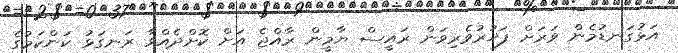
އަޅުގަނޑުމެން ވަރަށް ފަޚުރުވެރިވަން ރައީސް ޔާމީން ރާއްޖެ އަށް ކޮށްދެއްވާ ރަނގަޅު ކަންކަމުގެ